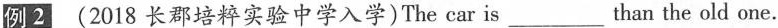
例 2 (2018 长郡培粹实验中学入学)The car is___than the old one.